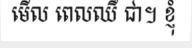
មើល ពេលឈឺ ជា។ ខ្ញុំ